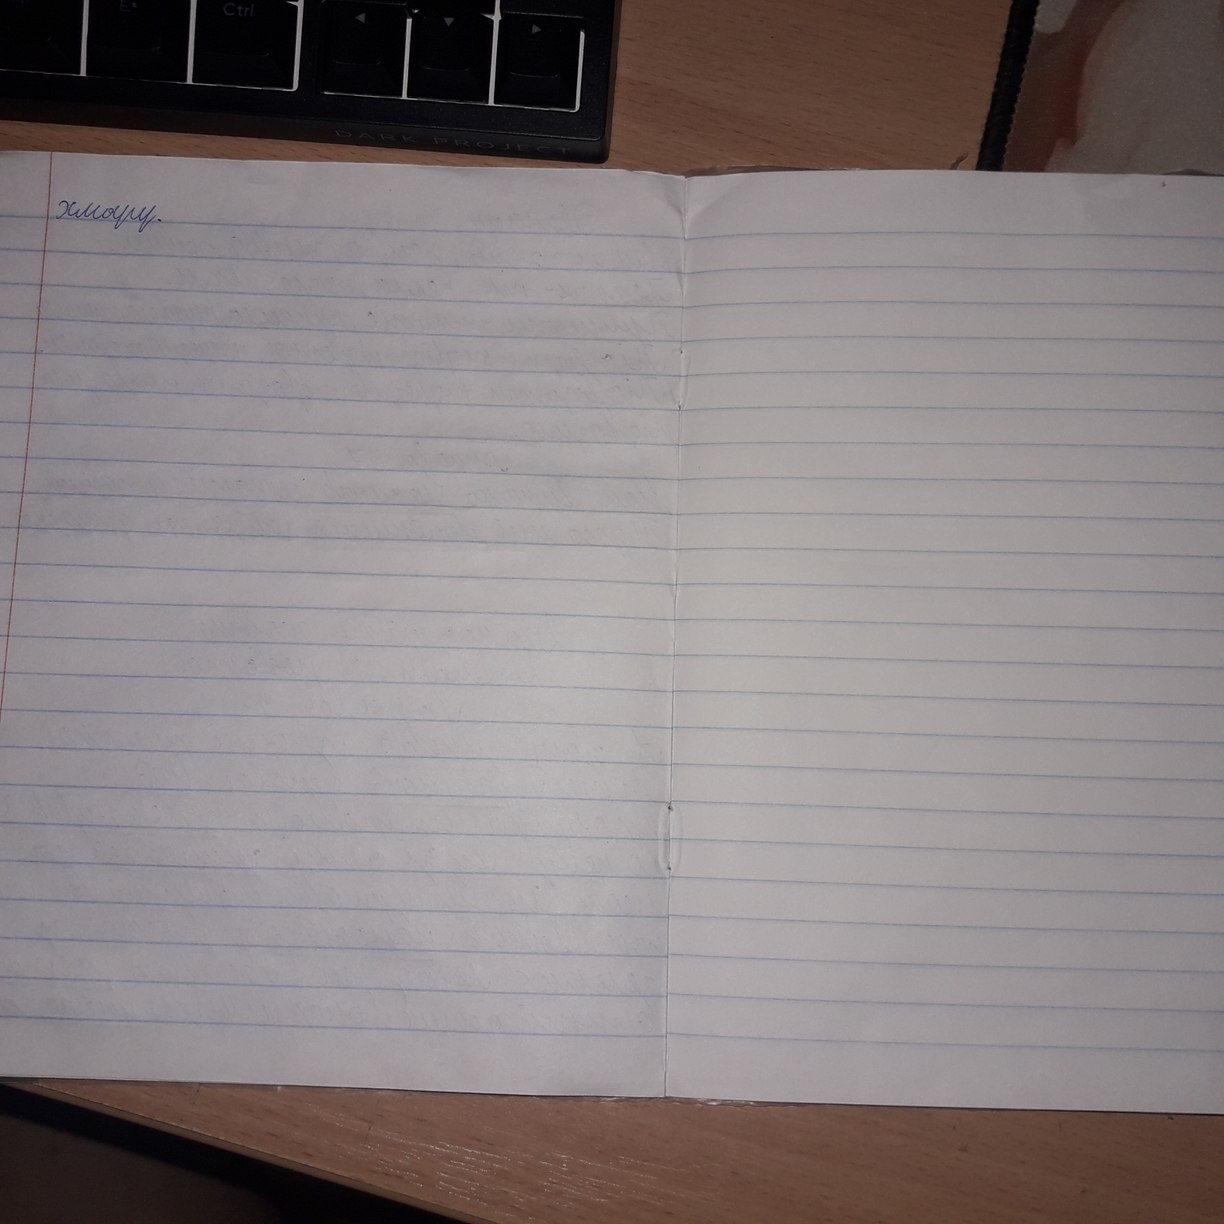
хмару.